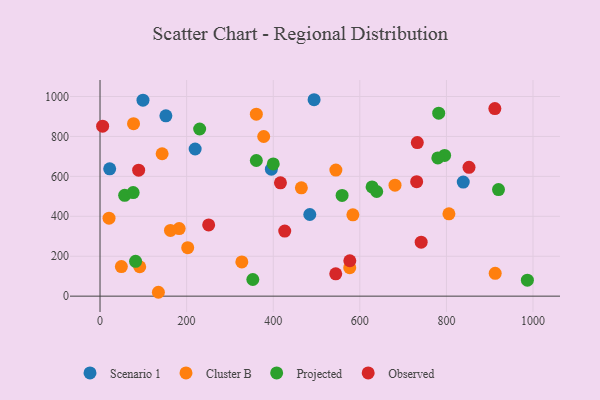
{"axis": {"x": "Distance", "y": "Yield"}, "legend": ["Cluster B", "Observed", "Projected", "Scenario 1"], "data": [{"x": "395.7", "y": 635.9, "type": "Scenario 1"}, {"x": "152.1", "y": 903.1, "type": "Scenario 1"}, {"x": "99.2", "y": 981.8, "type": "Scenario 1"}, {"x": "484.5", "y": 408.9, "type": "Scenario 1"}, {"x": "219.7", "y": 737.1, "type": "Scenario 1"}, {"x": "494.4", "y": 983.9, "type": "Scenario 1"}, {"x": "838.9", "y": 571.6, "type": "Scenario 1"}, {"x": "22.3", "y": 637.9, "type": "Scenario 1"}, {"x": "681.3", "y": 555.8, "type": "Cluster B"}, {"x": "182.8", "y": 338.5, "type": "Cluster B"}, {"x": "327.5", "y": 171.6, "type": "Cluster B"}, {"x": "805.8", "y": 412.4, "type": "Cluster B"}, {"x": "584.0", "y": 407.5, "type": "Cluster B"}, {"x": "143.4", "y": 713.4, "type": "Cluster B"}, {"x": "77.4", "y": 864.0, "type": "Cluster B"}, {"x": "576.7", "y": 142.7, "type": "Cluster B"}, {"x": "91.7", "y": 147.3, "type": "Cluster B"}, {"x": "361.0", "y": 911.7, "type": "Cluster B"}, {"x": "378.0", "y": 799.7, "type": "Cluster B"}, {"x": "465.0", "y": 542.4, "type": "Cluster B"}, {"x": "544.7", "y": 631.3, "type": "Cluster B"}, {"x": "134.8", "y": 19.4, "type": "Cluster B"}, {"x": "162.7", "y": 329.2, "type": "Cluster B"}, {"x": "912.7", "y": 114.1, "type": "Cluster B"}, {"x": "49.3", "y": 147.9, "type": "Cluster B"}, {"x": "20.8", "y": 390.6, "type": "Cluster B"}, {"x": "202.5", "y": 242.9, "type": "Cluster B"}, {"x": "628.3", "y": 547.3, "type": "Projected"}, {"x": "56.9", "y": 505.2, "type": "Projected"}, {"x": "361.0", "y": 679.4, "type": "Projected"}, {"x": "76.5", "y": 518.9, "type": "Projected"}, {"x": "82.1", "y": 174.2, "type": "Projected"}, {"x": "782.2", "y": 916.3, "type": "Projected"}, {"x": "795.9", "y": 705.1, "type": "Projected"}, {"x": "780.2", "y": 692.2, "type": "Projected"}, {"x": "559.1", "y": 504.7, "type": "Projected"}, {"x": "352.9", "y": 83.3, "type": "Projected"}, {"x": "987.0", "y": 80.1, "type": "Projected"}, {"x": "230.1", "y": 837.2, "type": "Projected"}, {"x": "400.1", "y": 662.2, "type": "Projected"}, {"x": "639.0", "y": 524.1, "type": "Projected"}, {"x": "920.3", "y": 533.7, "type": "Projected"}, {"x": "89.2", "y": 631.1, "type": "Observed"}, {"x": "732.8", "y": 769.3, "type": "Observed"}, {"x": "576.9", "y": 177.4, "type": "Observed"}, {"x": "852.2", "y": 645.5, "type": "Observed"}, {"x": "426.6", "y": 325.9, "type": "Observed"}, {"x": "911.9", "y": 939.7, "type": "Observed"}, {"x": "6.0", "y": 851.6, "type": "Observed"}, {"x": "741.7", "y": 270.6, "type": "Observed"}, {"x": "544.4", "y": 111.7, "type": "Observed"}, {"x": "416.7", "y": 567.8, "type": "Observed"}, {"x": "731.3", "y": 573.5, "type": "Observed"}, {"x": "250.9", "y": 356.7, "type": "Observed"}]}